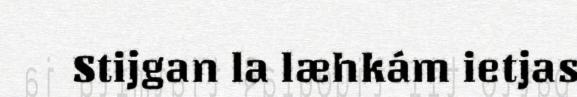
Stijgan la læhkám ietjas